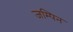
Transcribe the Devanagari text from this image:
जम्पिन